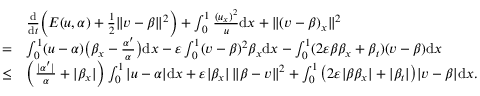
\begin{array} { r l } & { \frac { \mathrm { d } } { \mathrm { d } t } \Big ( E ( u , \alpha ) + \frac 1 2 \| v - \beta \| ^ { 2 } \Big ) + \int _ { 0 } ^ { 1 } \frac { ( u _ { x } ) ^ { 2 } } { u } \mathrm { d } x + \| ( v - \beta ) _ { x } \| ^ { 2 } } \\ { = } & { \int _ { 0 } ^ { 1 } ( u - \alpha ) \big ( \beta _ { x } - \frac { \alpha ^ { \prime } } { \alpha } \big ) \mathrm { d } x - \varepsilon \int _ { 0 } ^ { 1 } ( v - \beta ) ^ { 2 } \beta _ { x } \mathrm { d } x - \int _ { 0 } ^ { 1 } ( 2 \varepsilon \beta \beta _ { x } + \beta _ { t } ) ( v - \beta ) \mathrm { d } x } \\ { \le } & { \Big ( \frac { | \alpha ^ { \prime } | } { \alpha } + | \beta _ { x } | \Big ) \int _ { 0 } ^ { 1 } | u - \alpha | \mathrm { d } x + \varepsilon | \beta _ { x } | \, \| \beta - v \| ^ { 2 } + \int _ { 0 } ^ { 1 } \big ( 2 \varepsilon | \beta \beta _ { x } | + | \beta _ { t } | \big ) | v - \beta | \mathrm { d } x . } \end{array}